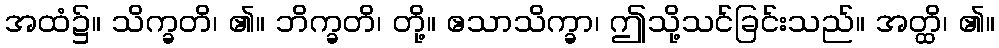
အထံ၌။ သိက္ခတိ၊ ၏။ ဘိက္ခတိ၊ တို့။ ဧသာသိက္ခာ၊ ဤသို့သင်ခြင်းသည်။ အတ္ထိ၊ ၏။